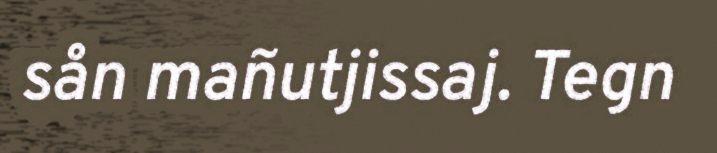
sån mañutjissaj. Tegn